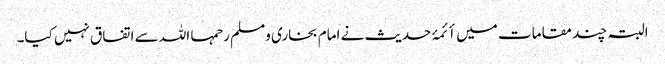
البتہ چند مقامات میں أئمۂ حدیث نے امام بخاری ومسلم رحمہا اللہ سے اتفاق نہیں کیا۔